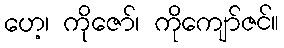
ဟေ့၊ ကိုဇော်၊ ကိုကျော်ဇင်။